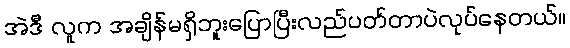
အဲဒီ လူက အချိန်မရှိဘူးပြောပြီးလည်ပတ်တာပဲလုပ်နေတယ်။